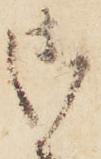
御